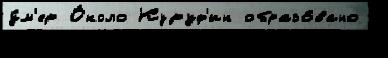
у́м'ер О́коло Куруф'ин образо́вано